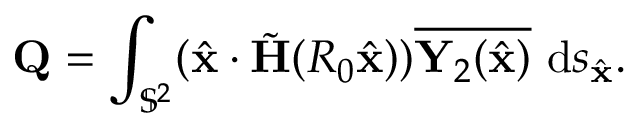
\mathbf { Q } = \int _ { \mathbb { S } ^ { 2 } } ( \hat { \mathbf { x } } \cdot \tilde { \mathbf H } ( R _ { 0 } \hat { \mathbf { x } } ) ) \overline { { \mathbf { Y } _ { 2 } ( \hat { \mathbf { x } } ) } } ~ \mathrm { d } s _ { \hat { \mathbf { x } } } .